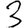
Digit: 3